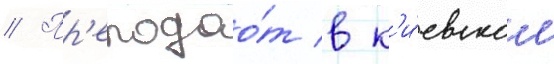
// Пр'еподао́т в к'и́евском